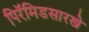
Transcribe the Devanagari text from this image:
पिरॅमिडसारखे